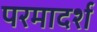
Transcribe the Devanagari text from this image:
परमादर्श